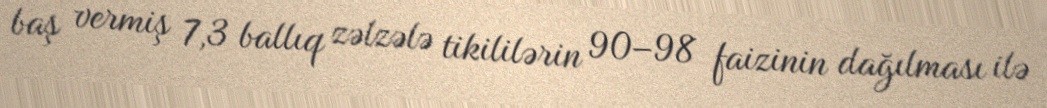
baş vermiş 7,3 ballıq zəlzələ tikililərin 90–98 faizinin dağılması ilə